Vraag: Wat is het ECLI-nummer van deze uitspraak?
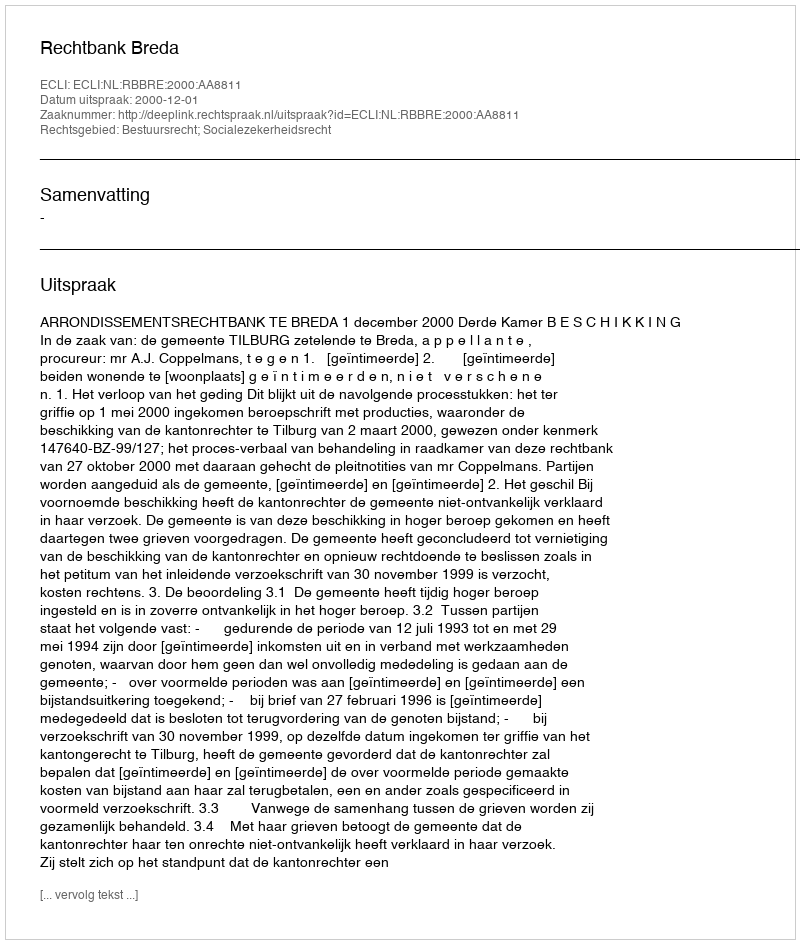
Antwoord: ECLI:NL:RBBRE:2000:AA8811